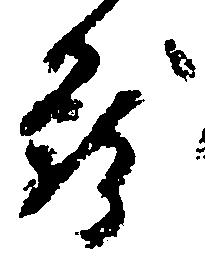
籠